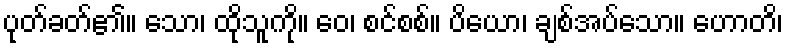
ပုတ်ခတ်၏။ သော၊ ထိုသူကို။ ဝေ၊ စင်စစ်။ ပိယော၊ ချစ်အပ်သော။ ဟောတိ၊